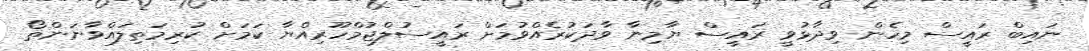
ނައިބް ރައީސް މިހެން ވިދާޅުވީ ރައީސް ޔާމިނާ ވާދަކުރެއްވުމަށް ރައީސުލްޖުމްހޫރިއްޔާ ކަމަށް ކުރިމަތިލައްވާނަންތޯ